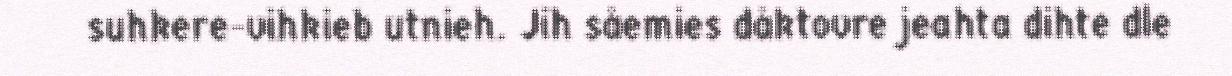
suhkere-vihkieb utnieh. Jih såemies dåktovre jeahta dihte dle